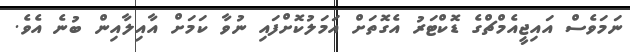
ނަމަވެސް އައިޖީއެމްޗްގެ ޑޮކްޓަރު އެގޮތަށް އަމަލުކޮށްފައި ނުވާ ކަމަށް އާއިލާއިން ބުނެ އެވެ.